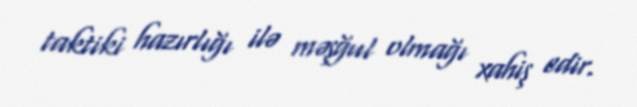
taktiki hazırlığı ilə məşğul olmağı xahiş edir.